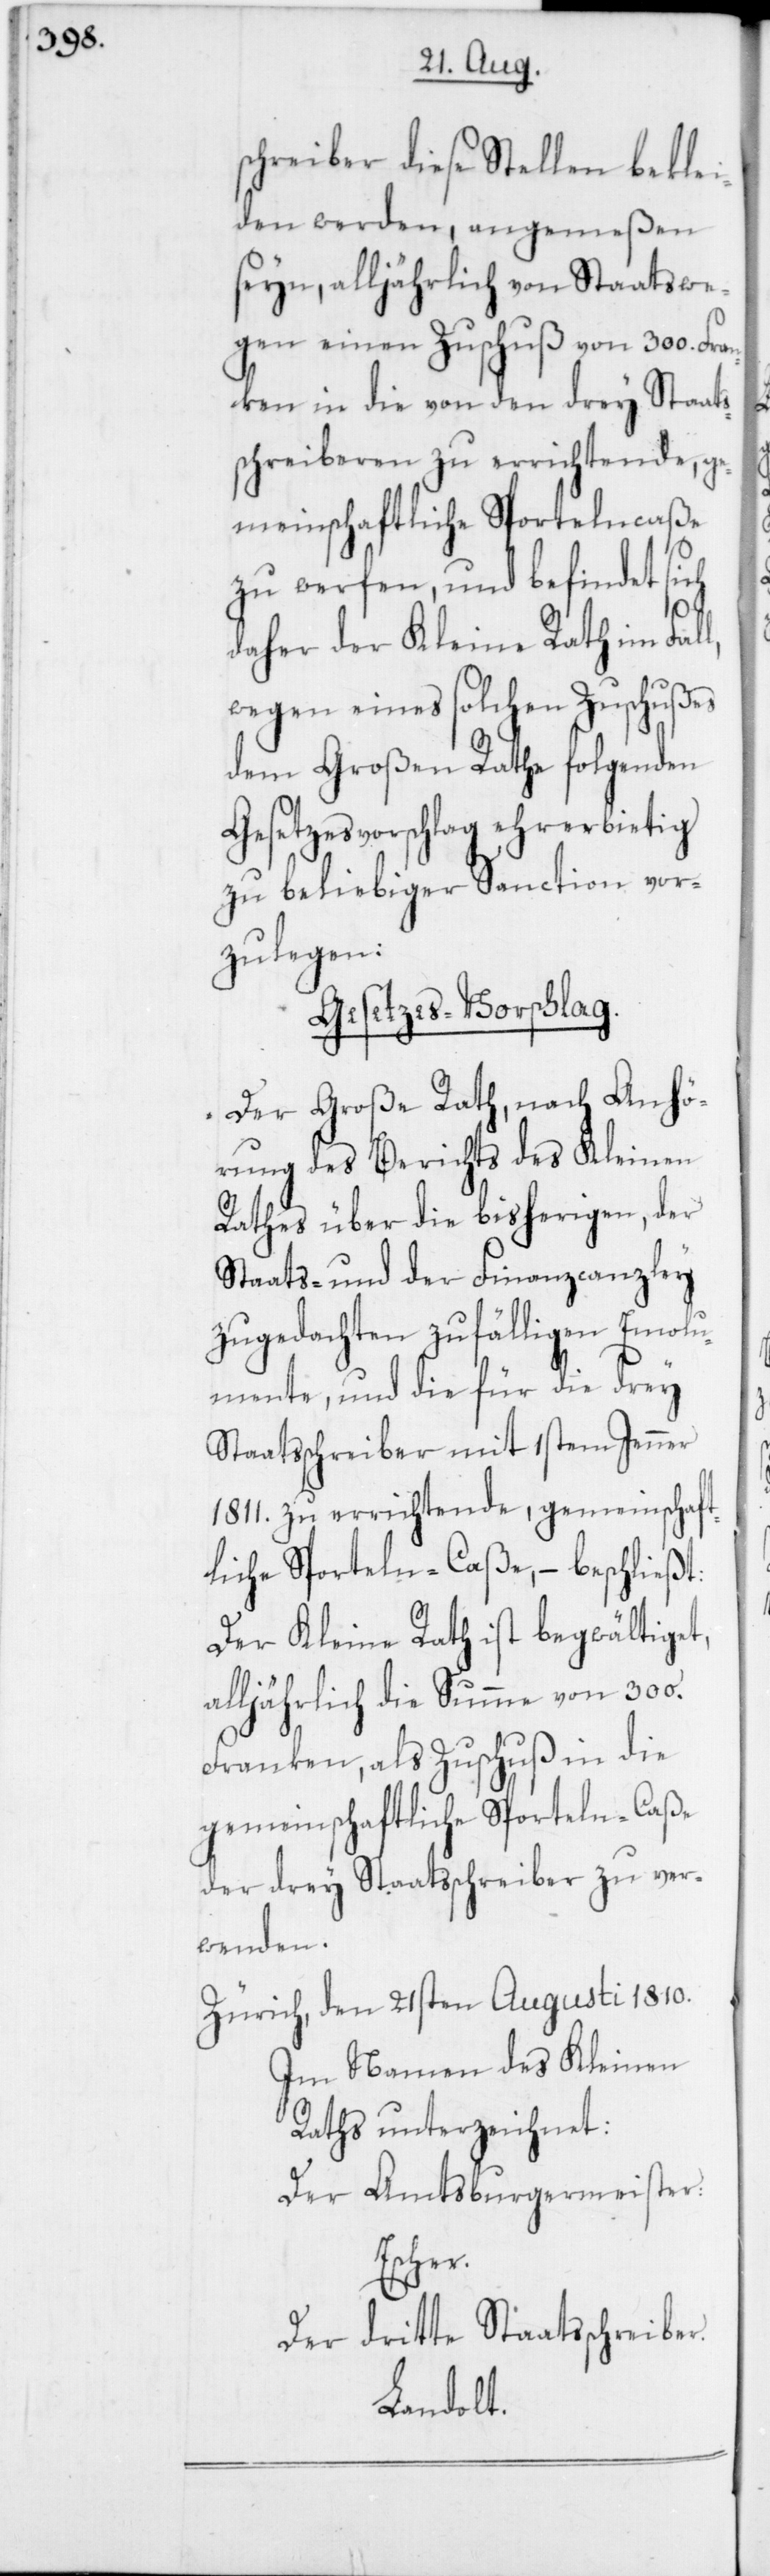
schreiber diese Stellen beklei¬
den werde, angemeßen
seyn, alljährlich von Staatswe¬
gen einen Zuschuß von 300. Fran¬
ken in die von den drey Staats¬
schreiberen zu errichtende, ge¬
meinschaftliche Sportelncaße
zu werfen, und befindet sich
l,
daher der Kleine Rath im Fal¬
wegen eines solchen Zuschußes
dem Großen Rathe folgenden
Gesetzesvorschlag ehrerbietig
zu beliebiger Sanction vor¬
zulegen:
Gesetzes-Vorschlag.
Der Große Rath, nach Anhö¬
rung des Berichts des Kleinen
Rathes über die bisherigen, der
Staats- und der Finanzcanzley
zugedachten zufälligen Emolu¬
mente, und die für die drey
Staatsschreiber mit 1stem Jenner
1811. zu errichtende, gemeinschaft¬
liche Sporteln-Caße, – beschließt:
Der Kleine Rath ist begwältiget,
alljährlich die Summe von 300.
Franken als Zuschuß in die
gemeinschaftliche Sporteln-Caße
der drey Staatsschreiber zu ver¬
wenden.
Zürich, den 21sten Augusti 1810.
Im Namen des Kleinen
Raths unterzeichnet:
Der Amtsburgermeister:
Escher.
Der dritte Staatsschreiber.
Landolt.